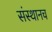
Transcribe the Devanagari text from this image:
संस्थानच